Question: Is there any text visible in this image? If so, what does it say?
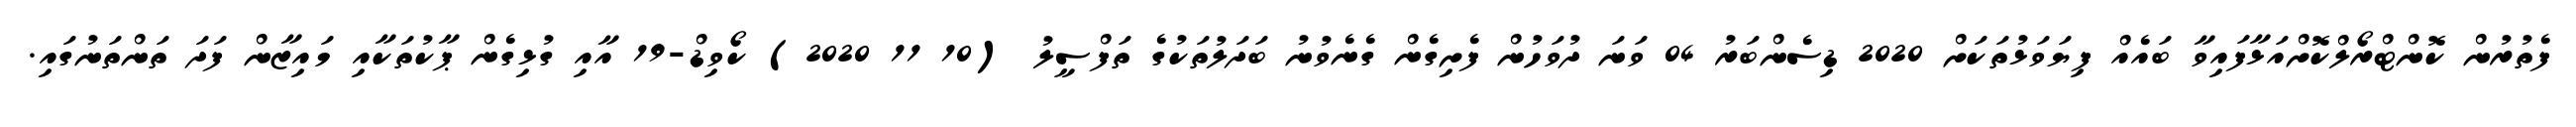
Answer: ފެތުރުން ކޮންޓްރޯލްކޮށްއަޅާފައިވާ ބައެއް ފިޔަވަޅުތަކަށް 2020 ޑިސެންބަރު 04 ވަނަ ދުވަހުން ފެށިގެން ގެނެވުނު ބަދަލުތަކުގެ ތަފްސީލު (10 11 2020) ކޯވިޑް-19 އާއި ގުޅިގެން ޕާކުތަކާއި މައިޒާން ފަދަ ތަންތަނުގައި.